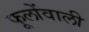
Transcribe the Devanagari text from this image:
फूलोंवाली